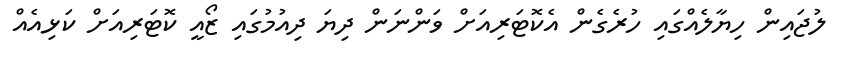
ލުޖައިން ހިޔާލެއްގައި ހުރެގެން އެކޮޓަރިއަށް ވަންނަން ދިޔަ ދިއުމުގައި ޒޯއީ ކޮޓަރިއަށް ކަޅިއެއް